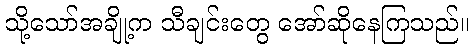
သို့သော်အချို့က သီချင်းတွေ အော်ဆိုနေကြသည်။